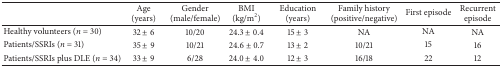
<table><thead><tr><td><b> </b></td><td><b>Age (years)</b></td><td><b>Gender (male/female)</b></td><td><b>BMI (kg/m<sup>2</sup>)</b></td><td><b>Education (years)</b></td><td><b>Family history (positive/negative)</b></td><td><b>First episode</b></td><td><b>Recurrent episode</b></td></tr></thead><tbody><tr><td>Healthy volunteers (<i>n </i>= 30)</td><td>32 ± 6</td><td>10/20</td><td>24.3 ± 0.4</td><td>15 ± 3</td><td>NA</td><td>NA</td><td>NA</td></tr><tr><td>Patients/SSRIs (<i>n </i>= 31)</td><td>35 ± 9</td><td>10/21</td><td>24.6 ± 0.7</td><td>13 ± 2</td><td>10/21</td><td>15</td><td>16</td></tr><tr><td>Patients/SSRIs plus DLE (<i>n </i>= 34)</td><td>33 ± 9</td><td>6/28</td><td>24.0 ± 4.0</td><td>12 ± 3</td><td>16/18</td><td>22</td><td>12</td></tr></tbody></table>